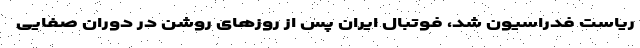
ریاست فدراسیون شد، فوتبال ایران پس از روزهای روشن در دوران صفایی‌